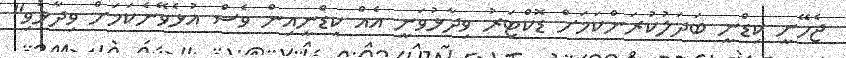
ޖެހޭނީ ކިޑްނީ ބަދަލުކުރަންކަމަށް ޑޮކްޓަރު ވިދާޅުވަނީ އެއް ކިޑްނީއިން ވެސް އުޅެވޭނެކަމަށް ވިދާޅުވި"